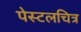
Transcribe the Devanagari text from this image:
पेस्टलचित्र